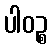
ပါဝဉ္စ